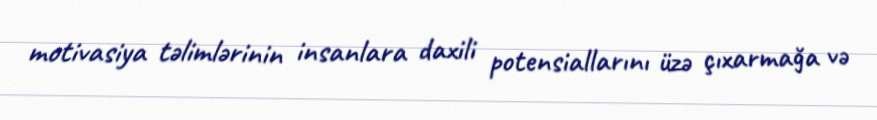
motivasiya təlimlərinin insanlara daxili potensiallarını üzə çıxarmağa və